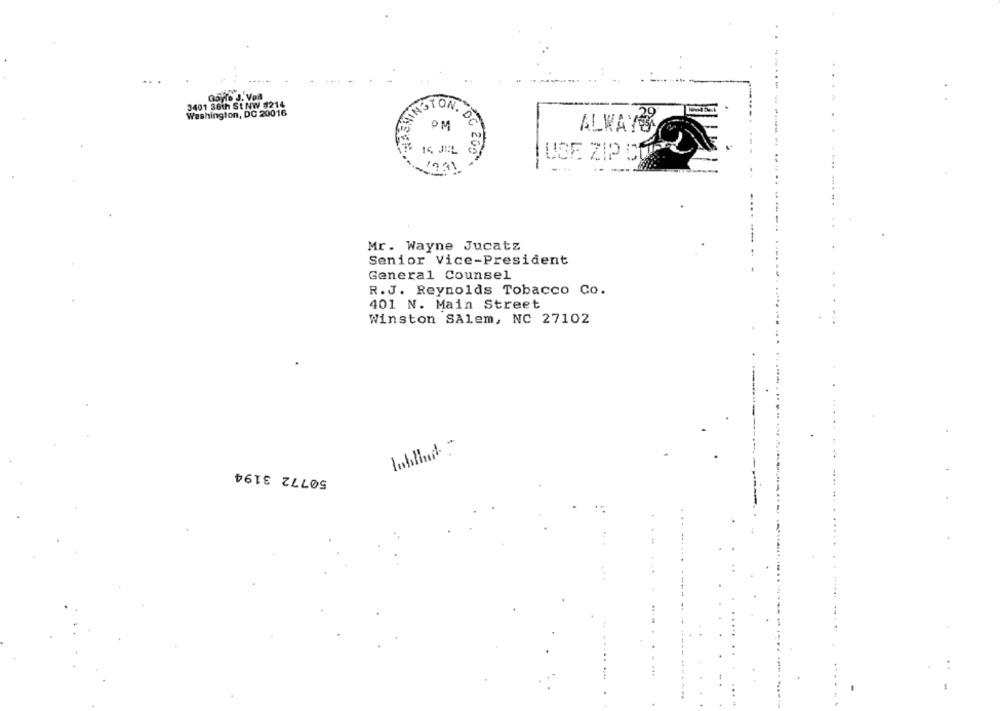
Gayle J. Voit
3401 38th StNW #214
Washington, DC 20016
ONSTON.
ALWAYS
14 JEL
OC 200
USE ZIP COP
Mr. Wayne Jucatz
Senior Vice-President
General Counsel
R.J. Reynolds Tobacco Co.
401 N. Main Street
Winston SAlem, NC 27102
50772 3194